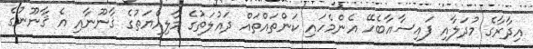
އިދާރާގެ މުދަލާއި ފައިސާއާބެހޭ އެންމެހައި ކަންތައްތައް ދައުލަތުގެ މާލިއްޔަތުގެ ޤާނޫނާއި އެ ޤާނޫނުގެ